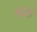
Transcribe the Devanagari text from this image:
श्रद्धाही